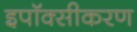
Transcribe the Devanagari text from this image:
इपॉक्सीकरण